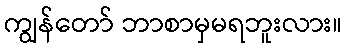
ကျွန်တော် ဘာစာမှမရဘူးလား။